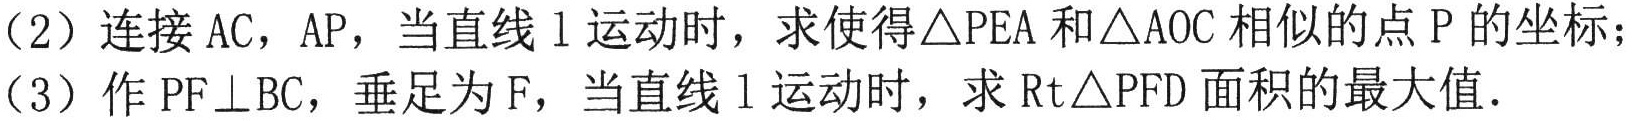
（2）连接 \(AC\)，\(AP\)，当直线 \(l\) 运动时，求使得\(\triangle PEA\)和\(\triangle AOC\)相似的点 \(P\) 的坐标；
（3）作 \(PF\perp BC\)，垂足为 \(F\)，当直线 \(l\) 运动时，求\(Rt\triangle PFD\)面积的最大值．